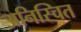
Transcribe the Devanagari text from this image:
अनिस्चित